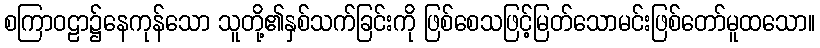
စကြာဝဠာ၌နေကုန်သော သူတို့၏နှစ်သက်ခြင်းကို ဖြစ်စေသဖြင့်မြတ်သောမင်းဖြစ်တော်မူထသော။